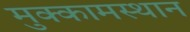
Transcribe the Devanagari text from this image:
मुक्कामस्थान